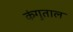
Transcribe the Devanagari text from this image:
कंगुताल